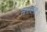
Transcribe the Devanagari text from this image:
नाराशंसः।